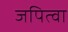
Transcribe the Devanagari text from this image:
जपित्वा